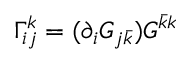
\Gamma _ { i j } ^ { k } = ( \partial _ { i } G _ { j { \bar { k } } } ) G ^ { { \bar { k } } k }